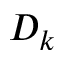
D _ { k }